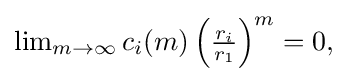
{\textstyle \lim _{m\to \infty }c_{i}(m)\left({\frac {r_{i}}{r_{1}}}\right)^{m}=0,}